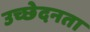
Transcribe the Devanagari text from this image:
उच्छेदनता